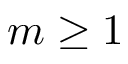
m \ge 1